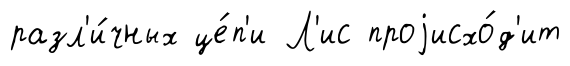
разл'и́чных це́п'и Л'ис проjисхо́д'ит